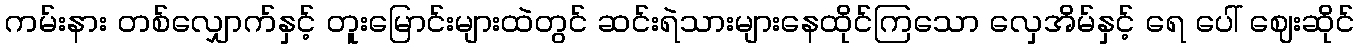
ကမ်းနား တစ်လျှောက်နှင့် တူးမြောင်းများထဲတွင် ဆင်းရဲသားများနေထိုင်ကြသော လှေအိမ်နှင့် ရေ ပေါ် ဈေးဆိုင်